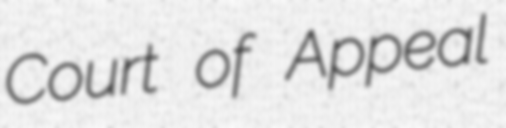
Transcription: Court of Appeal